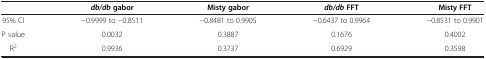
|  | db/db gabor | Misty gabor | db/db FFT | Misty FFT |
 | --- | --- | --- | --- | --- |
 | 95% CI | −0.9999 to −0.8511 | −0.8481 to 0.9905 | −0.6437 to 0.9964 | −0.8531 to 0.9901 |
 | P value | 0.0032 | 0.3887 | 0.1676 | 0.4002 |
 | R2 | 0.9936 | 0.3737 | 0.6929 | 0.3598 |